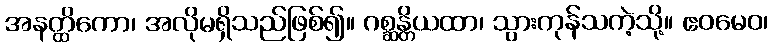
အနတ္ထိကော၊ အလိုမရှိသည်ဖြစ်၍။ ဂစ္ဆန္တိယထာ၊ သွားကုန်သကဲ့သို့။ ဧဝမေဝ၊